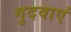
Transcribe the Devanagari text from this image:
गुदवाएं